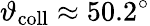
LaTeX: \vartheta_{\mathrm{coll}}\approx 50.2^{\circ}